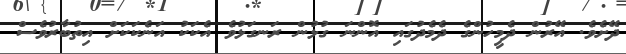
ދޭށެވެ. އޭރުން ދެމީހުންގެ ދެމެދުގައި އޮންނަ ގުޅުން ރަނގަޅުވެ އެކަކު އަނެކަކަށް އިތުބާރުވެސް